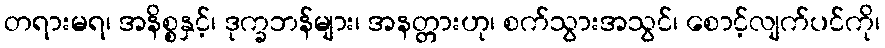
တရားမရ၊ အနိစ္စနှင့်၊ ဒုက္ခဘန်များ၊ အနတ္တားဟု၊ စက်သွားအသွင်၊ စောင့်လျက်ပင်ကို၊